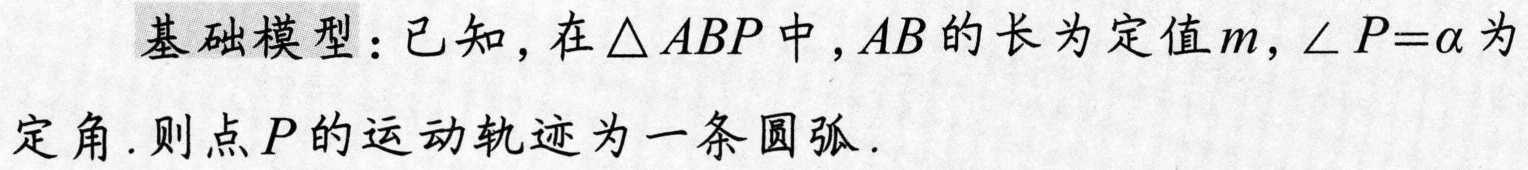
基础模型：已知，在\(\triangle ABP\)中，\(AB\)的长为定值\(m\)，\(\angle P = \alpha\)为定角. 则点\(P\)的运动轨迹为一条圆弧.